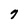
Character: 7